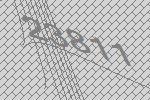
23811